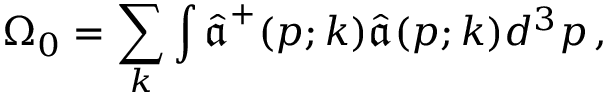
\Omega _ { 0 } = \sum _ { k } \int \hat { \boldsymbol { \mathfrak a } } ^ { + } ( \boldsymbol { p } ; k ) \hat { \boldsymbol { \mathfrak a } } ( \boldsymbol { p } ; k ) d ^ { 3 } \boldsymbol { p } \, ,